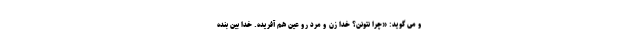
و می گوید: «چرا نتونن؟ خدا زن و مرد رو عین هم آفریده. خدا بین بنده